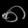
Digit: ၈